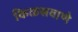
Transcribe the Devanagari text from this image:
किळसवाणे